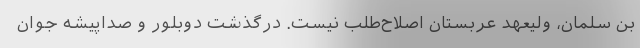
بن سلمان، ولیعهد عربستان اصلاح‌طلب نیست. درگذشت دوبلور و صداپیشه جوان